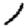
Digit: 1